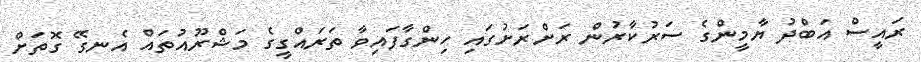
ރައީސް އަބްދު ޔާމީންގެ ސަރުކާރުން ރަށްރަށުގައި ހިންގާފައިވާ ތަރައްގީގެ މަޝްރޫއުތައް އެނގޭ ގޮތަށް